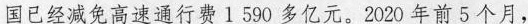
国已经减免高速通行费1590多亿元。2020年前5个月，